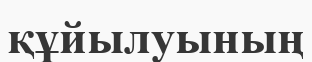
құйылуының